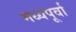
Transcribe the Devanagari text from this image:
मध्यपूर्वा